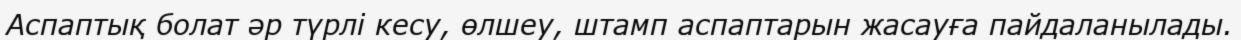
Аспаптық болат әр түрлі кесу, өлшеу, штамп аспаптарын жасауға пайдаланылады.